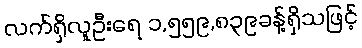
လက်ရှိလူဦးရေ ၁,၅၅၉,၈၃၉ခန့်ရှိသဖြင့်